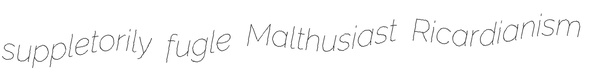
suppletorily fugle Malthusiast Ricardianism